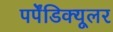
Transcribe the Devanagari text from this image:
पर्पेंडिक्यूलर